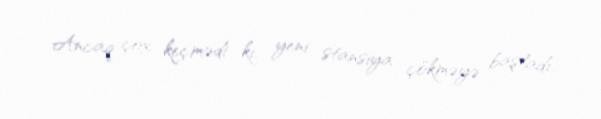
Ancaq çox keçmədi ki, yeni stansiya çökməyə başladı.